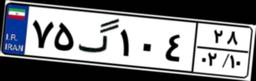
۷۵گ۱۰۴۲۸